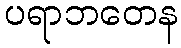
ပရာဘတေန